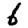
Digit: 6